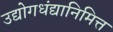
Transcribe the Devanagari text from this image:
उद्योगधंद्यानिमित्त